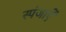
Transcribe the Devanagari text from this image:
स्पंजाऐं